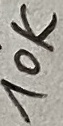
Text: 10K